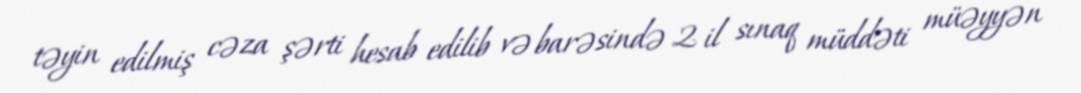
təyin edilmiş cəza şərti hesab edilib və barəsində 2 il sınaq müddəti müəyyən